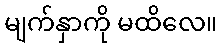
မျက်နှာကို မထိလေ။